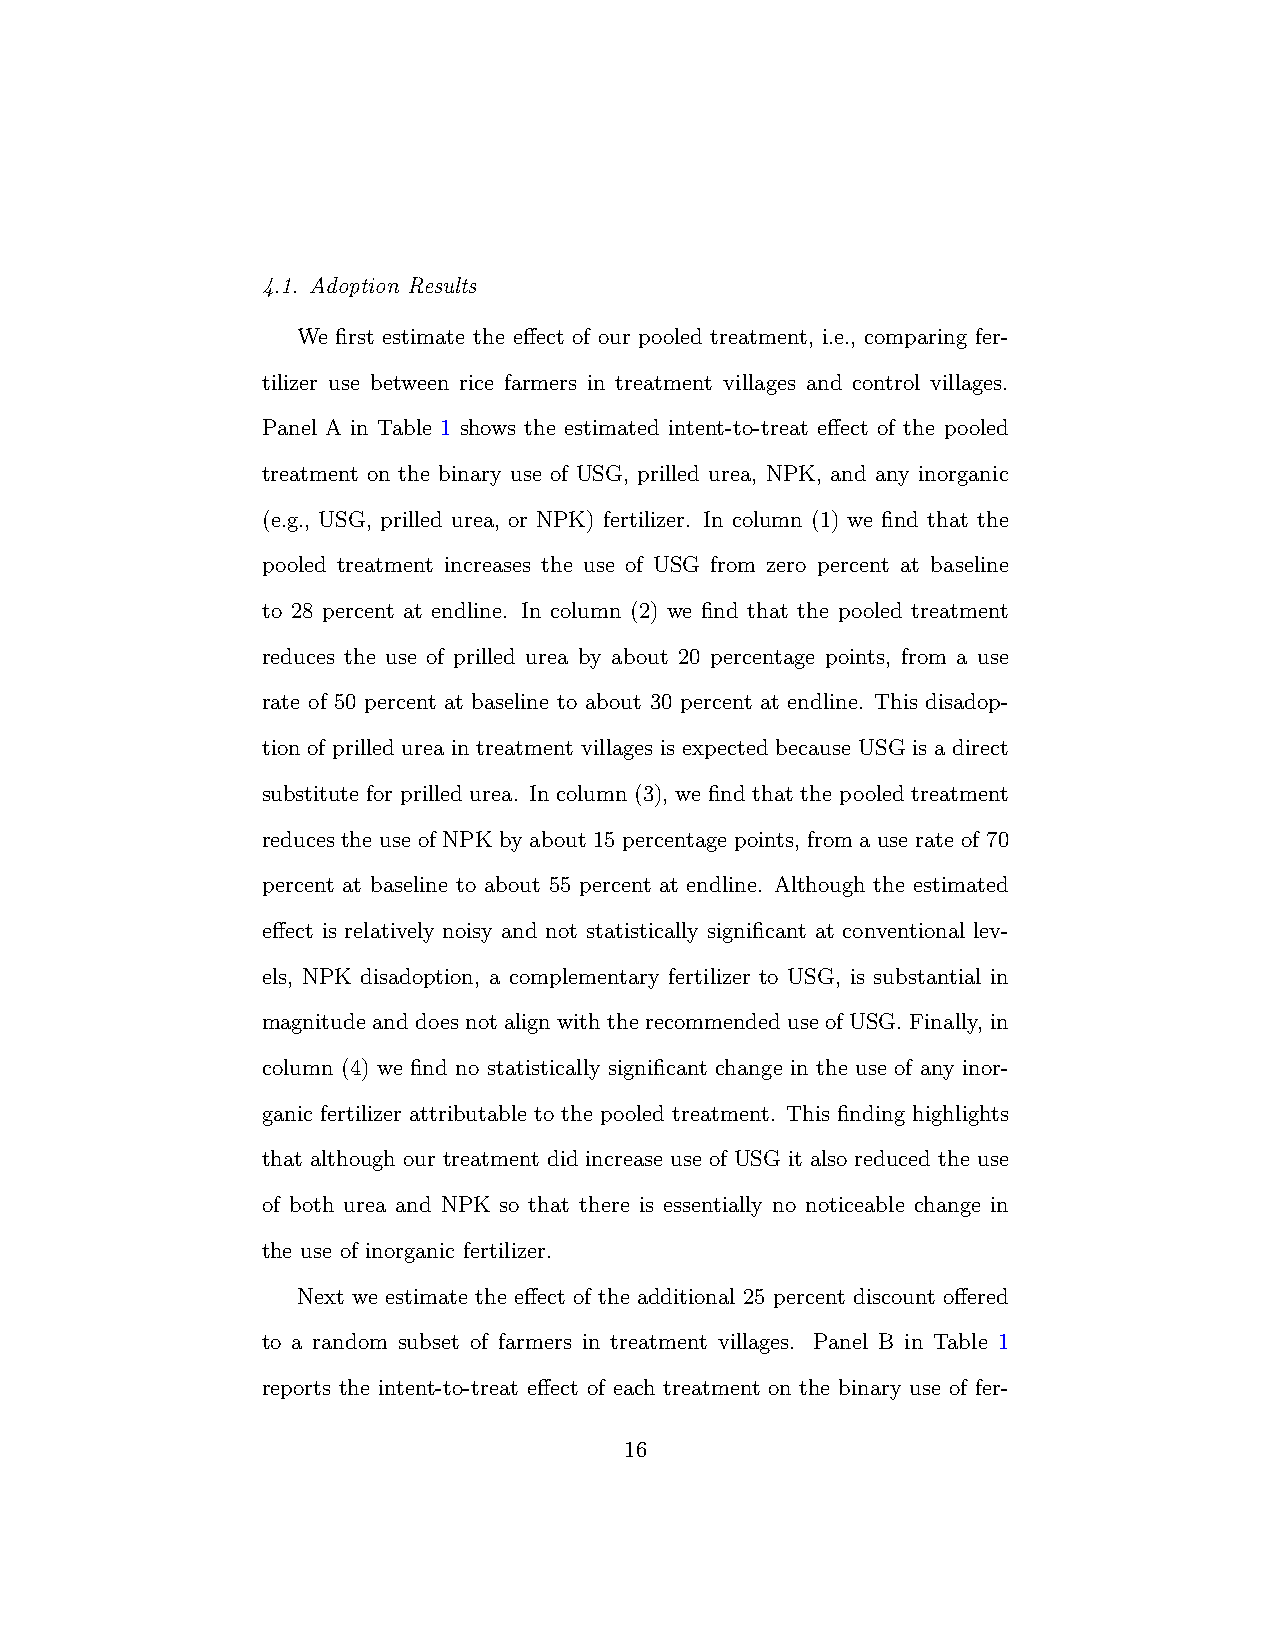
4.1. Adoption Results
 We first estimate the effect of our pooled treatment, i.e., comparing fer-
 tilizer use between rice farmers in treatment villages and control villages.
 Panel A in Table 1 shows the estimated intent-to-treat effect of the pooled
 treatment on the binary use of USG, prilled urea, NPK, and any inorganic
 (e.g., USG, prilled urea, or NPK) fertilizer. In column (1) we find that the
 pooled treatment increases the use of USG from zero percent at baseline
 to 28 percent at endline. In column (2) we find that the pooled treatment
 reduces the use of prilled urea by about 20 percentage points, from a use
 rate of 50 percent at baseline to about 30 percent at endline. This disadop-
 tion of prilled urea in treatment villages is expected because USG is a direct
 substitute for prilled urea. In column (3), we find that the pooled treatment
 reduces the use of NPK by about 15 percentage points, from a use rate of 70
 percent at baseline to about 55 percent at endline. Although the estimated
 effect is relatively noisy and not statistically significant at conventional lev-
 els, NPK disadoption, a complementary fertilizer to USG, is substantial in
 magnitude and does not align with the recommended use of USG. Finally, in
 column (4) we find no statistically significant change in the use of any inor-
 ganic fertilizer attributable to the pooled treatment. This finding highlights
 that although our treatment did increase use of USG it also reduced the use
 of both urea and NPK so that there is essentially no noticeable change in
 the use of inorganic fertilizer.
 Next we estimate the effect of the additional 25 percent discount offered
 to a random subset of farmers in treatment villages. Panel B in Table 1
 reports the intent-to-treat effect of each treatment on the binary use of fer-
 16